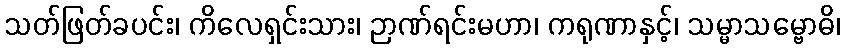
သတ်ဖြတ်ခပင်း၊ ကိလေရှင်းသား၊ ဉာဏ်ရင်းမဟာ၊ ကရုဏာနှင့်၊ သမ္မာသမ္ဗောဓိ၊